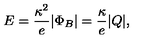
E = { \frac { \kappa ^ { 2 } } { e } } | \Phi _ { B } | = { \frac { \kappa } { e } } | Q | ,